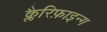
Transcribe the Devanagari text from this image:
क्लैरिफ़ाइन्ग